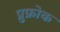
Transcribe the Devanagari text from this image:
प्रुफ्रोक